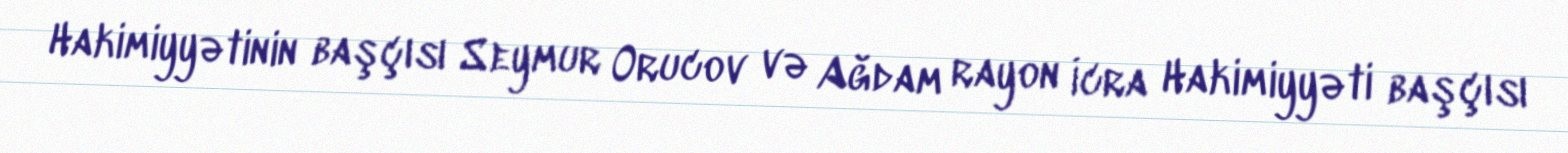
Hakimiyyətinin başçısı Seymur Orucov və Ağdam rayon İcra Hakimiyyəti başçısı